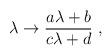
LaTeX: \begin{align*}\lambda \rightarrow {a \lambda + b\over c\lambda + d} ~,\end{align*}